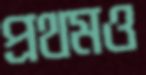
প্রথমও